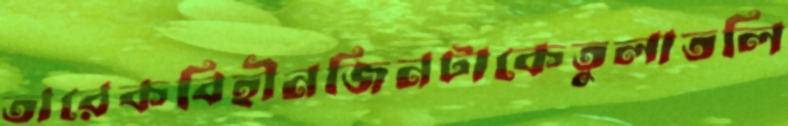
তারেকবিহীনজিনটাকেতুলাতলি